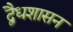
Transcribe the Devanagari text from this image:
द्वैधशासन